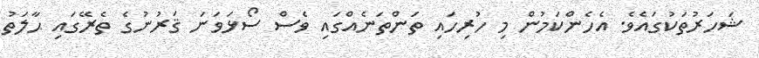
ޝަހަރުތަކުގައެވެ. އެހެންކަމުން މި ހުރިހައި ތަންތަނެއްގައި ވެސް ސޯޅަވަނަ ޤަރުނުގެ ތެރޭގައި ޙާލަތު